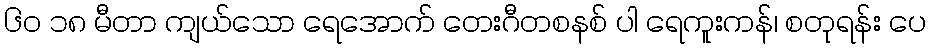
၆၀ ၁၈ မီတာ ကျယ်သော ရေအောက် တေးဂီတစနစ် ပါ ရေကူးကန်၊ စတုရန်း ပေ